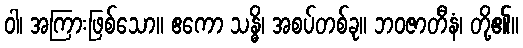
ဝါ၊ အကြားဖြစ်သော။ ဧကော သန္ဓိ၊ အစပ်တစ်ခု။ ဘဝဇာတီနံ၊ တို့၏။